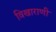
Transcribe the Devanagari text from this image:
विखाराणी